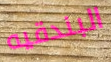
البندقيه